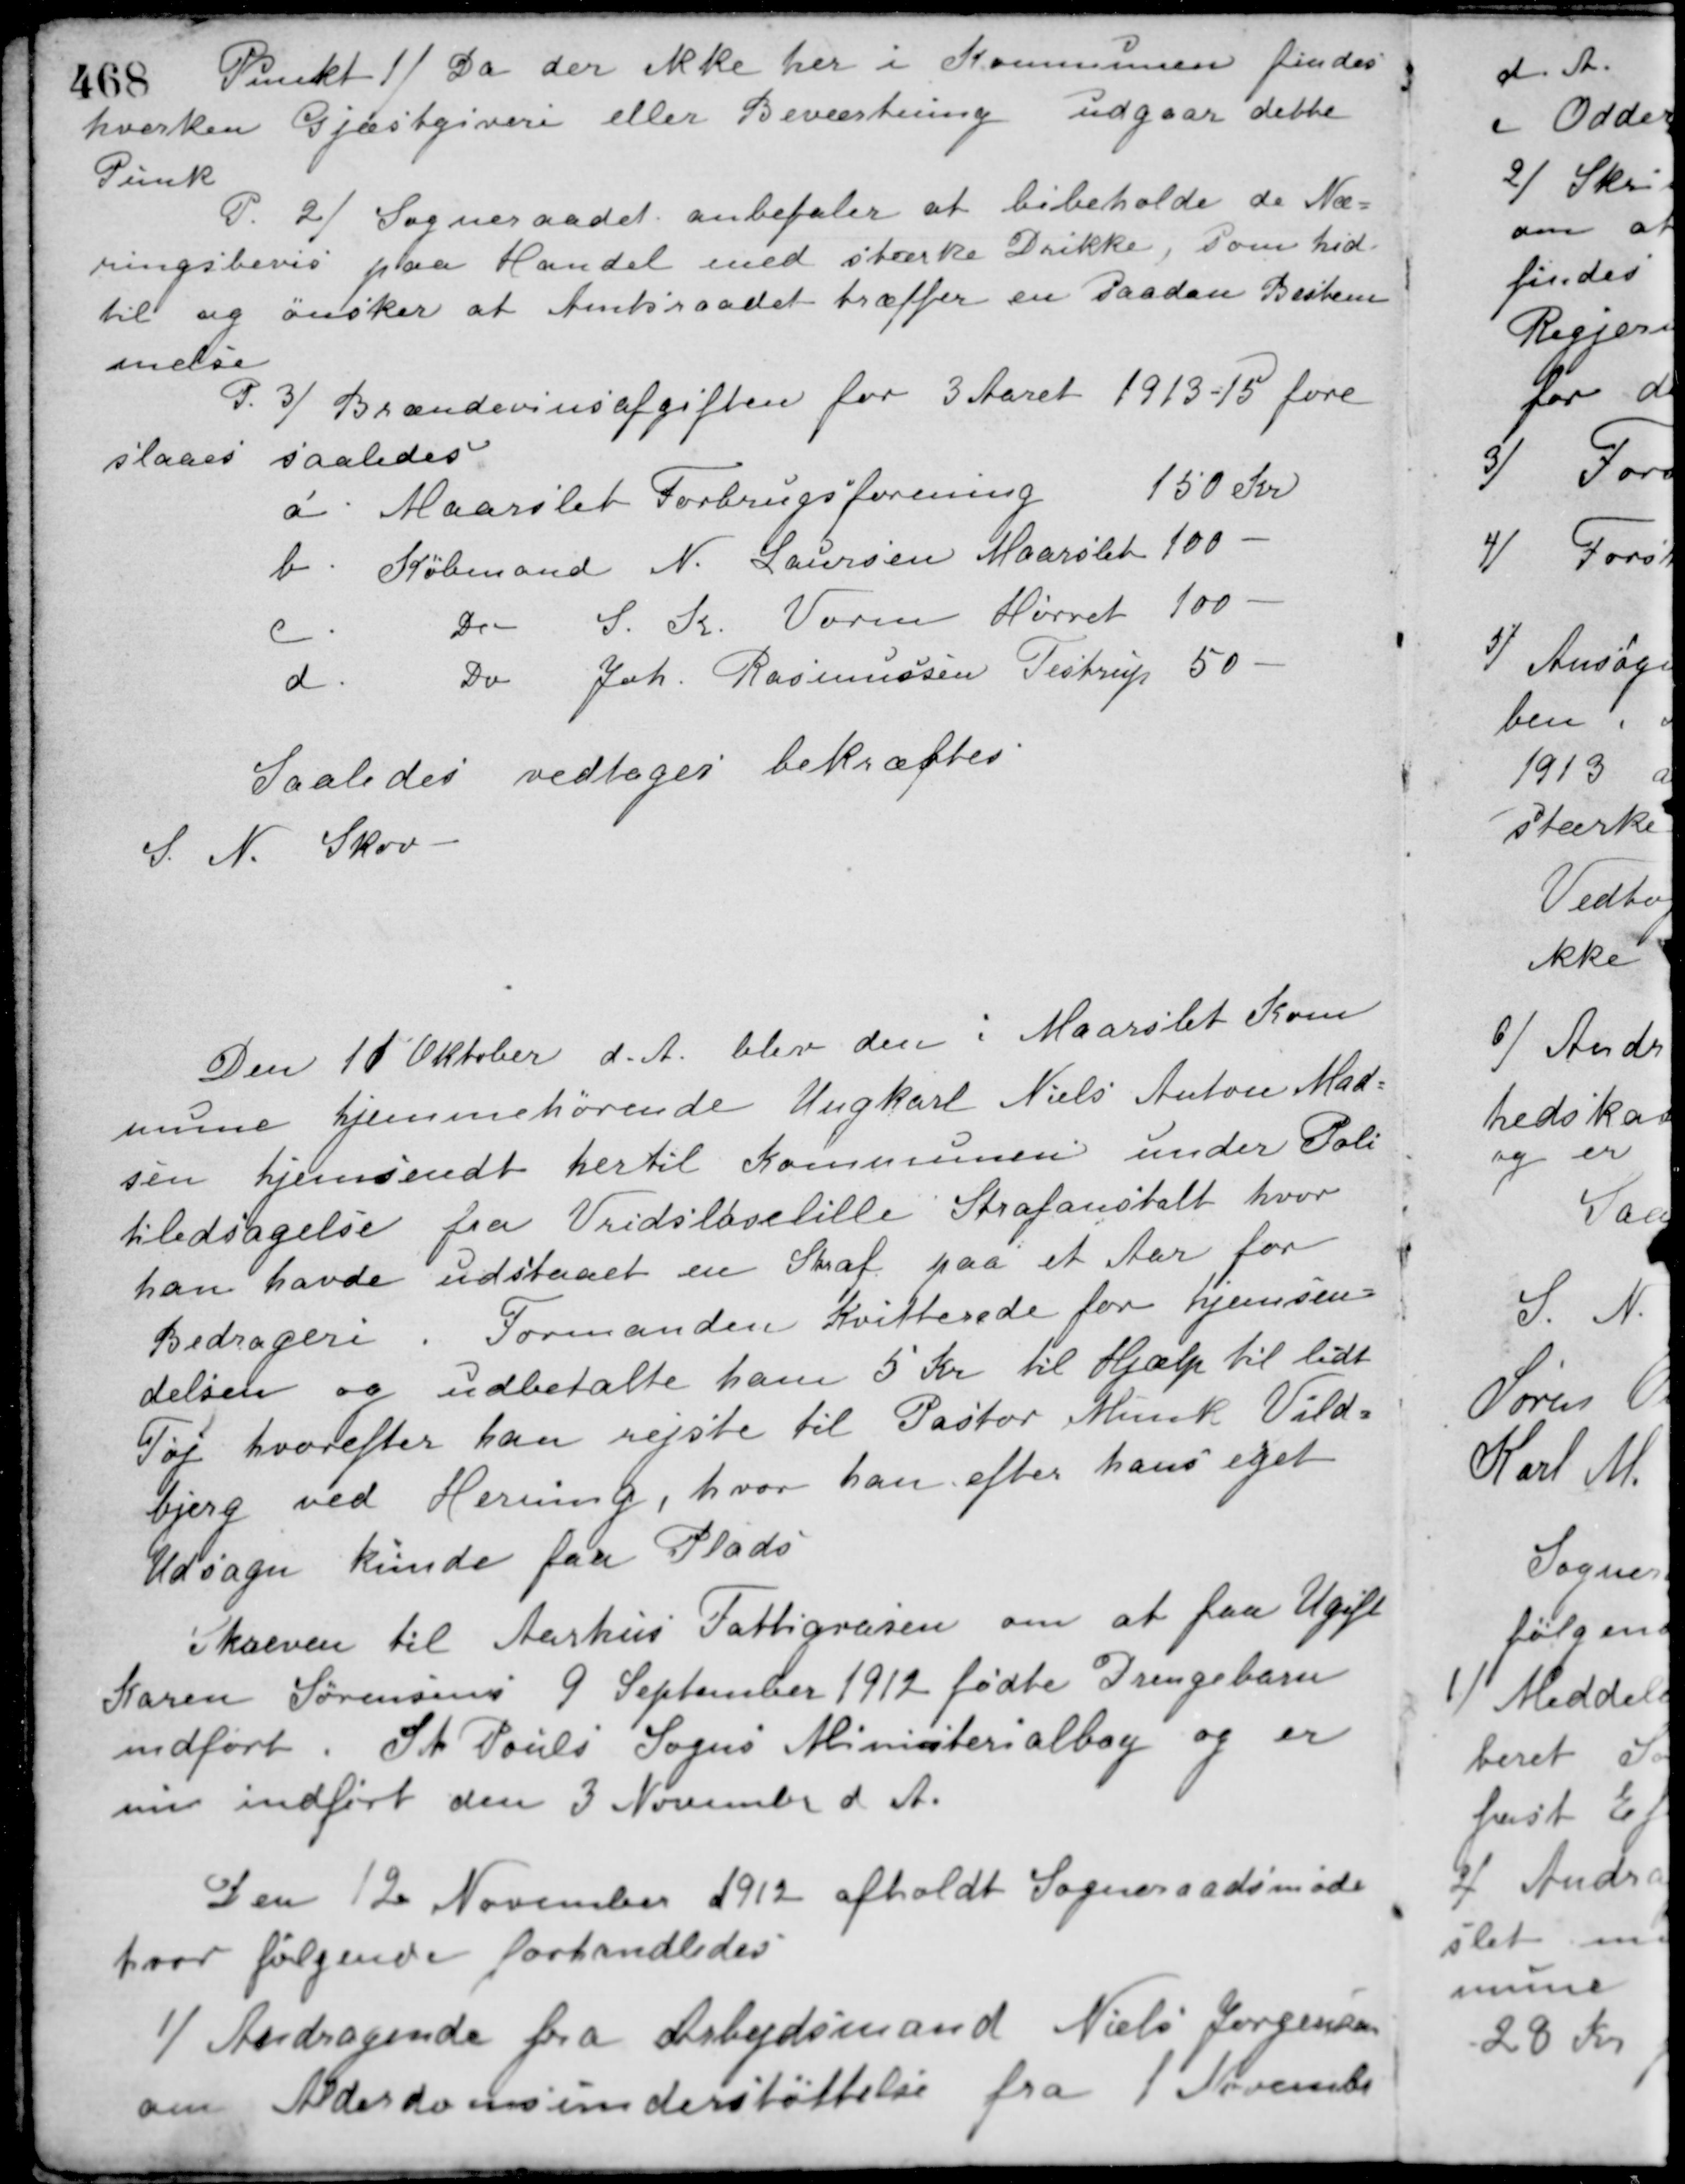
Transskription:
18 Punkt 1/ Da der ikke her i Kommunen findes
hverken Gjæstgiveri eller Beværtning udgaar dette
Punk.
P. 2/ Sogneraadet anbefaler at bibeholde de Næ-
ningsbevis paa Handel med stærke Drikke, som hid-
til og ønsker at Amtsraadet træffer en saadan Bestem-
melse.
P. 3/ Brændevinsafgiften for 3 Aaret 1913-15 fore-
slaaes saaledes
a. Maarslet Forbrugsforening 150 Kr.
b. Købmand N. Laursen Maarslet 100 -
c Do S. K. Vorm Hørret 100 -
d. Do Joh. Rasmussen Testrup 50 -
Saaledes vedtaget bekræftes
S. N. Skov.
Den 10 Oktober d. A. blev den i Maarslet Kom-
mune hjemmehørende Ungkarl Niels Anton Mad-
sen hjemsendt hertil Kommunen under Poli-
tiledsagelse fra Vridsløselille Strafanstalt, hvor
han havde udstaaet en Straf paa et Aar for
Bedrageri. Formanden Kvitterede for hjemsen-
delsen og udbetalte ham 5 Kr. til Hjælp til lidt
Tøj hvorefter han rejste til Pastor Munk Vild-
bjerg ved Herning, hvor han efter hans eget
Udsagn kunde faa Plads.
Skreven til Aarhus Fattigvæsen om at faa Ugift
Karen Sørensens 9 September 1912 fødte Drengebarn
indført i St. Pouls Sogns Ministerialbog og er
nu indført den 3 November d. A.
Den 12 November 1912 afholdt Sogneraadsmøde
hvor følgende forhandledes
1/ Andragende fra Arbejdsmand Niels Jørgensen
om Alderdomsunderstøttelse fra 1 November